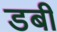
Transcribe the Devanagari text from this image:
डबी